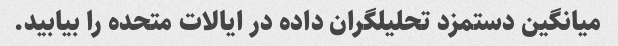
میانگین دستمزد تحلیلگران داده در ایالات متحده را بیابید.